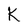
Character: K